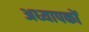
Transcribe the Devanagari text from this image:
अध्‍यापकों